Report on vaccination in Madras 1922-1929 - 1922-1929
Year: 1922
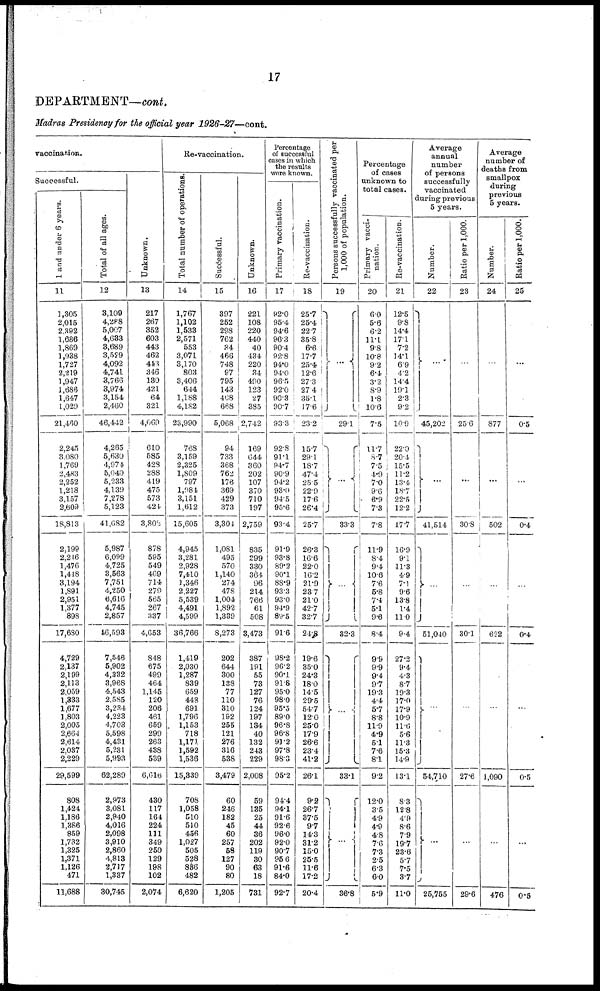
17
DEPARTMENT—cont.
Madras Presidency for the official year 1926-27—cont.
vaccination.
Successful.
1 and under 6 years.
11
1,305
2,015
2,392
1,686
1,869
1,938
1,727
2,219
1,947
1,686
1,647
1,029
21,460
2,245
3,080
1,769
2,483
2,252
1,218
3,157
2,609
18,813
2,199
2,246
1,476
1,448
3,194
1,891
2,951
1,377
898
17,680
4,729
2,137
2,199
2,113
2,059
1,333
1,677
1,803
2,005
2,664
2,614
2,037
2,229
29,599
808
1,424
1,186
1,386
859
1,732
1,325
1,371
1,126
471
11,688
Total of all ages.
12
3,109
4,288
5,007
4,633
3,689
3,529
4,092
4,741
3,766
3,974
3,154
2,460
46,442
4,265
5,630
4,974
5,040
5,233
4,139
7,278
5,123
41,682
5,987
6,099
4,725
3,563
7,751
4,250
6,616
4,745
2,857
46,593
7,546
5,902
4,332
3,968
4,543
2,585
3,234
4,223
4,703
5,598
4,431
5,231
5,993
62,289
2,973
3,081
2,940
4,016
2,098
3,910
2,860
4,813
2,717
1,337
30,745
Unknown.
13
217
267
352
603
443
462
443
346
130
421
64
321
4,069
610
585
428
288
419
475
573
421
3,802
878
595
549
469
714
279
565
267
337
4,653
848
675
499
464
1,145
120
206
461
659
299
263
438
539
6,616
430
117
164
224
111
349
250
129
198
102
2,074
Re-vaccination.
Total number of operations.
14
1,767
1,102
1,533
2,571
553
3,071
3,170
803
3,406
644
1,188
4,182
23,990
768
3,159
2,325
1,809
797
1,984
3,151
1,612
15,605
4,945
3,281
2,928
7,410
1,346
2,227
5,539
4,491
4,599
36,766
1,419
2,030
1,287
839
659
443
691
1,796
1,153
718
1,171
1,592
1,536
15,339
708
1,058
510
510
456
1,027
505
528
886
482
6,620
Successful.
15
397
252
298
762
34
466
748
97
795
143
408
668
5,068
94
733
368
762
176
369
429
373
3,304
1,081
495
570
1,140
274
478
1,004
1,892
1,339
8,273
202
644
300
138
77
110
310
192
255
121
276
316
538
3,479
60
246
182
45
60
257
58
127
90
80
1,205
Unknown.
16
221
108
220
440
40
434
220
34
490
123
27
385
2,742
169
644
360
202
107
370
710
197
2,759
835
299
330
364
96
214
766
61
508
3,473
387
191
55
73
127
76
124
197
134
40
132
243
229
2,008
59
135
25
44
36
202
119
30
63
18
731
Percentage
of successful
cases in which
the results
were known.
Primary vaccination.
17
92.0
95.4
94.6
96.3
90.4
92.8
94.0
94.0
96.5
92.0
90.3
90.7
93.3
92.8
91.1
94.7
90.9
94.2
93.0
94.5
95.6
93.4
91.9
93.8
89.2
90.1
88.9
93.3
93.0
94.9
89.5
91.6
98.2
96.2
90.1
91.8
95.0
98.0
95.5
89.0
96.8
96.8
91.2
97.8
98.3
95.2
94.4
94.1
91.6
92.6
96.0
92.0
90.7
95.6
91.6
84.0
92.7
Re-vaccination.
18
25.7
25.4
22.7
35.8
6.6
17.7
25.4
12.6
27.3
27.4
35.1
17.6
23.2
15.7
29.1
18.7
47.4
25.5
22.9
17.6
26.4
25.7
26.3
16.6
22.0
16.2
21.9
23.7
21.0
42.7
32.7
24.8
19.6
35.0
24.3
18.0
14.5
29.5
54.7
12.0
25.0
17.9
26.6
23.4
41.2
26.1
9.2
26.7
37.5
9.7
14.3
31.2
15.0
25.5
11.6
17.2
20.4
Persons successfully vaccinated per
1,000 of population.
19
...
29.1
...
33.3
...
32.3
...
33.1
...
36.8
Percentage
of cases
unknown to
total cases.
Primary vacci-
nation.
20
6.0
5.6
6.2
11.1
9.8
10.8
9.2
6.4
3.2
8.9
1.8
10.6
7.5
11.7
8.7
7.5
4.9
7.0
9.6
6.9
7.3
7.8
11.9
8.4
9.4
10.6
7.6
5.8
7.4
5.1
9.6
8.4
9.9
9.9
9.4
9.7
19.3
4.4
5.7
8.8
11.9
4.9
5.1
7.6
8.1
9.2
12.0
3.5
4.9
4.9
4.8
7.6
7.3
2.5
6.3
6.0
5.9
Re-vaccination.
21
12.5
9.8
14.4
17.1
7.2
14.1
6.9
4.2
14.4
19.1
2.3
9.2
10.9
22.0
20.4
15.5
11.2
13.4
18.7
22.5
12.2
17.7
16.9
9.1
11.3
4.9
7.1
9.6
13.8
1.4
11.0
9.4
27.2
9.4
4.3
8.7
19.3
17.0
17.9
10.9
11.6
5.6
11.3
15.3
14.9
13.1
8.3
12.8
4.9
8.6
7.9
19.7
23.6
5.7
7.5
3.7
11.0
Average
annual
number
of persons
successfully
vaccinated
during previous
5 years.
Number.
22
...
45,202
...
41,514
...
51,040
...
54,710
...
25,755
Ratio per 1,000.
23
...
25.6
...
30.8
...
30.1
...
27.6
...
29.6
Average
number of
deaths from
smallpox
during
previous
5 years.
Number.
24
...
877
...
502
...
622
...
1,090
...
476
Ratio per 1,000.
25
...
0.5
...
0.4
...
0.4
...
0.5
...
0.5